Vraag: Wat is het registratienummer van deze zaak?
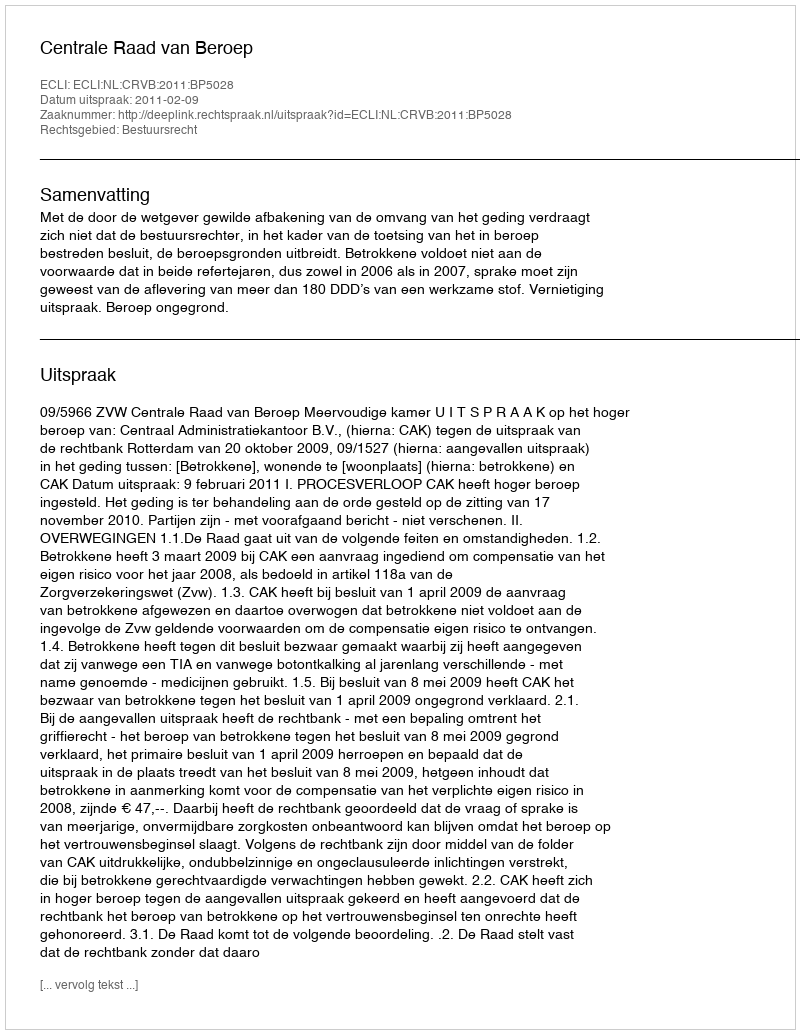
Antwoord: http://deeplink.rechtspraak.nl/uitspraak?id=ECLI:NL:CRVB:2011:BP5028